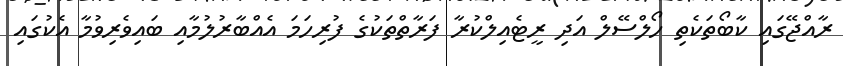
ރާއްޖޭގައި ކާބޯތަކެތި ހޯލްސޭލް އަދި ރީޓެއިލްކުރާ ފަރާތްތަކުގެ ފުރިހަމަ އެއްބާރުލުމާއި ބައިވެރިވުމާ އެކުގައި